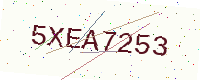
Text: 5XEA7253